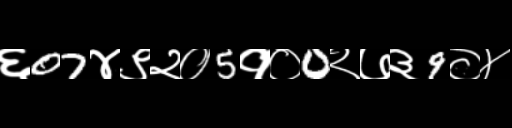
Text: ६07४९२०5१०0२७३9०४